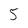
Character: 5